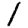
Digit: 1